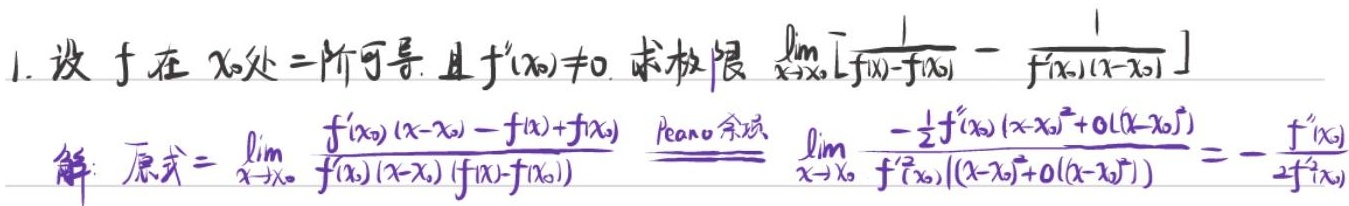
1. 设 \(f\) 在 \(x_0\) 处二阶可导，且 \(f'(x_0)\neq0\)。求极限 \(\lim_{x \to x_0}[\frac{1}{f(x)-f(x_0)}-\frac{1}{f'(x_0)(x - x_0)}]\)

解：原式\(=\lim_{x \to x_0}\frac{f'(x_0)(x - x_0)-f(x)+f(x_0)}{f'(x_0)(x - x_0)(f(x)-f(x_0))}\)
\(\xlongequal{\text{Peano 余项}}\lim_{x \to x_0}\frac{-\frac{1}{2}f''(x_0)(x - x_0)^{2}+o((x - x_0)^{2})}{f'^{2}(x_0)((x - x_0)^{2}+o((x - x_0)^{2}))}=-\frac{f''(x_0)}{2f'^{3}(x_0)}\)